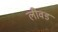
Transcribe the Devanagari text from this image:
लीवड